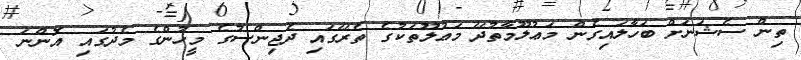
ތިން ސެޝަނަށް ބަހާލައިގެން މަޢުލޫމާތުދޭ މަޢުލޫތަކުގެ ތެރޭގައި ދެޖިންސުގެ މީހުންގެ މެދުގައި އޮންނަ